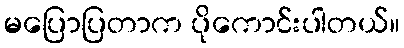
မပြောပြတာက ပိုကောင်းပါတယ်။